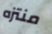
منتزه